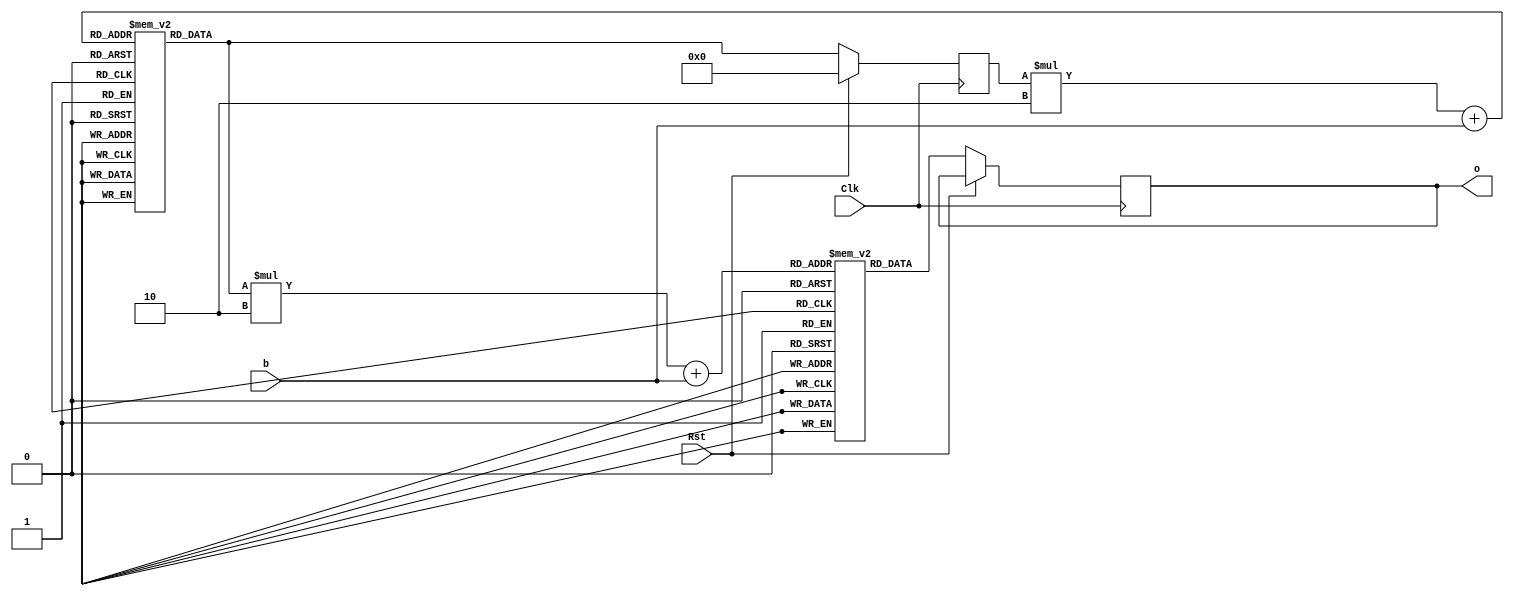
`timescale 1 ns/1 ns

module fsm(o, b, Clk, Rst);

input b;
output reg [2:0] o;
reg [3:0] slook[9:0][1:0];
reg [2:0] olook[9:0][1:0];
reg [3:0] s;
input Clk, Rst;
initial begin
//s lookup table
slook[0][0] = 4'b0000;
slook[0][1] = 4'b0001;
slook[1][0] = 4'b0010;
slook[1][1] = 4'b0001;
slook[2][0] = 4'b0011;
slook[2][1] = 4'b0110;
slook[3][0] = 4'b0100;
slook[3][1] = 4'b0111;
slook[4][0] = 4'b0101;
slook[4][1] = 4'b1000;
slook[5][0] = 4'b0101;
slook[5][1] = 4'b1001;
slook[6][0] = 4'b0000;
slook[6][1] = 4'b0001;
slook[7][0] = 4'b0000;
slook[7][1] = 4'b0001;
slook[8][0] = 4'b0000;
slook[8][1] = 4'b0001;
slook[9][0] = 4'b0000;
slook[9][1] = 4'b0001;

//o lookup table
olook[0][0] = 3'b000;
olook[0][1] = 3'b000;
olook[1][0] = 3'b000;
olook[1][1] = 3'b000;
olook[2][0] = 3'b000;
olook[2][1] = 3'b000;
olook[3][0] = 3'b000;
olook[3][1] = 3'b000;
olook[4][0] = 3'b000;
olook[4][1] = 3'b000;
olook[5][0] = 3'b000;
olook[5][1] = 3'b000;
olook[6][0] = 3'b001;
olook[6][1] = 3'b001;
olook[7][0] = 3'b010;
olook[7][1] = 3'b010;
olook[8][0] = 3'b011;
olook[8][1] = 3'b011;
olook[9][0] = 3'b111;
olook[9][1] = 3'b111;
end

always @(posedge Clk) begin
	if (Rst) begin
		s = 0;
	end
	else begin
		s = slook[s][b];
		o = olook[s][b];
	end
end

endmodule